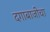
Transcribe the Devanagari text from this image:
दगाबाजीचा